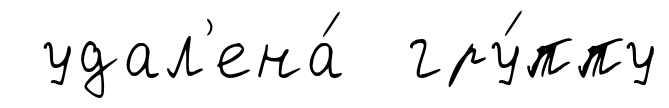
удал'ена́ гру́ппу